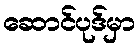
ဆောင်ပုဒ်မှာ